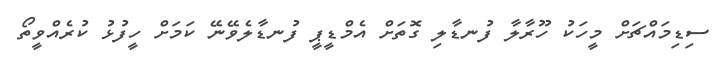
ސިޑިމައްޗަށް މީހަކު ހޫރާލާ ފުނޑާލި ގޮތަށް އެމްޑީޕީ ފުނޑާލެވޭނޭ ކަމަށް ހީފުޅު ކުރެއްވީތޯ